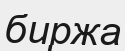
биржа